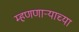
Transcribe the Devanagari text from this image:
म्हणणार्‍याच्या